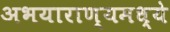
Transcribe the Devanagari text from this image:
अभयाराण्यमध्ये